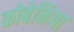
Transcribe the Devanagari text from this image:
कोबेनिया